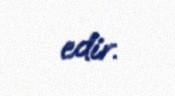
edir.